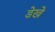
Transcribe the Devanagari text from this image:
डेखे